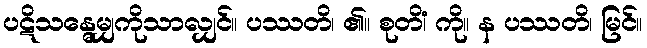
ပဋိသန္ဓေမျှကိုသာလျှင်။ ပဿတိ၊ ၏။ စုတိံ၊ ကို။ န ပဿတိ၊ မြင်။